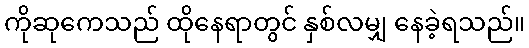
ကိုဆုကေသည် ထိုနေရာတွင် နှစ်လမျှ နေခဲ့ရသည်။